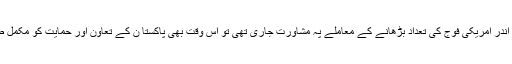
اسی طرح وائٹ ہاﺅس کے اجلاس میں جب افغانستان کے اندر امریکی فوج کی تعداد بڑھانے کے معاملے پہ مشاورت جاری تھی تو اس وقت بھی پاکستا ن کے تعاون اور حمایت کو مکمل طور پر نظرانداز کرتے ہوئے اسے مورد الزام ٹھہرایا گیا۔